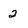
Character: 2